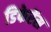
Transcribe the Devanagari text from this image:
डिफेरेंस